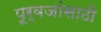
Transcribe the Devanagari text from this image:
पूर्वजांसाठी